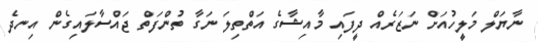
ނާޔަލް މަލީހުއަށް ނަޒަރެއް ދީފައި މާއިޝާގެ އަތްތިލަ ނަގާ ތުންފަތް ޖައްސާލައިގެން އިނދެ